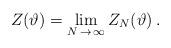
LaTeX: \begin{align*}Z(\vartheta )=\lim _{N\, \rightarrow \, \infty }Z_{N}(\vartheta )\: .\end{align*}